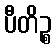
ပီတိဉ္စ